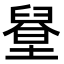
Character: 𦦋